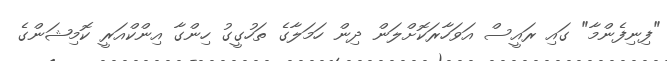
"ފިނިފެންމާ" ގައި ރައީސް އަވަހާރަކޮށްލަން ދިން ހަމަލާގެ ތަހުގީގު ހިންގާ އިންކްއަރީ ކޮމިޝަންގެ